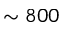
\sim 8 0 0